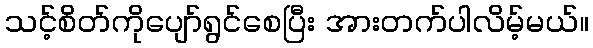
သင့်စိတ်ကိုပျော်ရွင်စေပြီး အားတက်ပါလိမ့်မယ်။